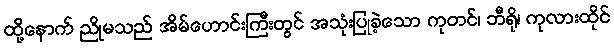
ထို့နောက် ညိုမသည် အိမ်ဟောင်းကြီးတွင် အသုံးပြုခဲ့သော ကုတင်၊ ဘီရို၊ ကုလားထိုင်